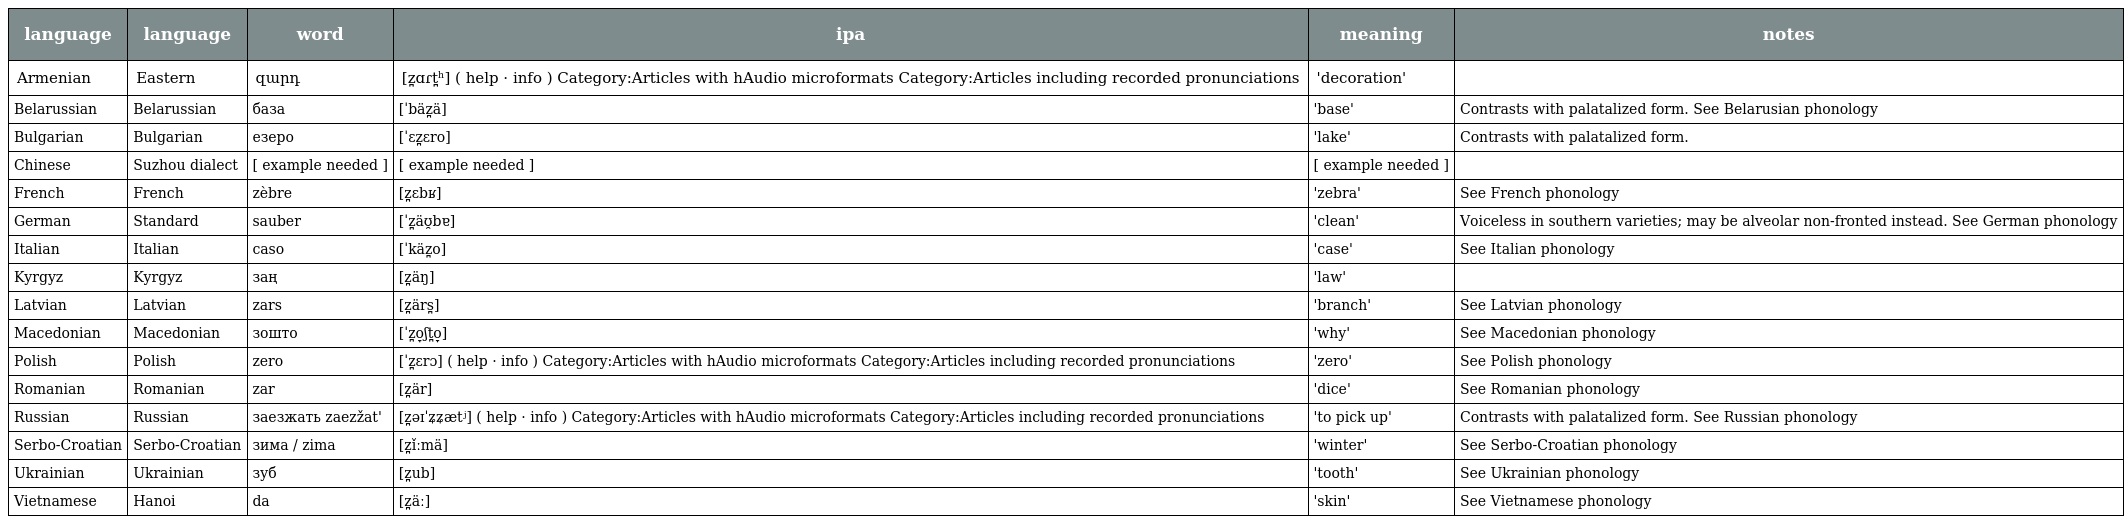
| language | language | word | ipa | meaning | notes |
 | --- | --- | --- | --- | --- | --- |
 | Armenian | Eastern | զարդ | [z̪ɑɾt̪ʰ] ( help · info ) Category:Articles with hAudio microformats Category:Articles including recorded pronunciations | 'decoration' |  |
 | Belarussian | Belarussian | база | [ˈbäz̪ä] | 'base' | Contrasts with palatalized form. See Belarusian phonology |
 | Bulgarian | Bulgarian | езеро | [ˈɛz̪ɛro] | 'lake' | Contrasts with palatalized form. |
 | Chinese | Suzhou dialect | [ example needed ] | [ example needed ] | [ example needed ] |  |
 | French | French | zèbre | [z̪ɛbʁ] | 'zebra' | See French phonology |
 | German | Standard | sauber | [ˈz̪äʊ̯bɐ] | 'clean' | Voiceless in southern varieties; may be alveolar non-fronted instead. See German phonology |
 | Italian | Italian | caso | [ˈkäz̪o] | 'case' | See Italian phonology |
 | Kyrgyz | Kyrgyz | заң | [z̪äŋ] | 'law' |  |
 | Latvian | Latvian | zars | [z̪ärs̪] | 'branch' | See Latvian phonology |
 | Macedonian | Macedonian | зошто | [ˈz̪o̞ʃt̪o̞] | 'why' | See Macedonian phonology |
 | Polish | Polish | zero | [ˈz̪ɛrɔ] ( help · info ) Category:Articles with hAudio microformats Category:Articles including recorded pronunciations | 'zero' | See Polish phonology |
 | Romanian | Romanian | zar | [z̪är] | 'dice' | See Romanian phonology |
 | Russian | Russian | заезжать zaezžat' | [z̪əɪˈʑʑætʲ] ( help · info ) Category:Articles with hAudio microformats Category:Articles including recorded pronunciations | 'to pick up' | Contrasts with palatalized form. See Russian phonology |
 | Serbo-Croatian | Serbo-Croatian | зима / zima | [z̪ǐːmä] | 'winter' | See Serbo-Croatian phonology |
 | Ukrainian | Ukrainian | зуб | [z̪ub] | 'tooth' | See Ukrainian phonology |
 | Vietnamese | Hanoi | da | [z̪äː] | 'skin' | See Vietnamese phonology |